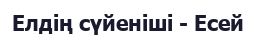
Елдің сүйеніші - Есей